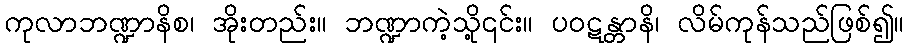
ကုလာဘဏ္ဍာနိစ၊ အိုးတည်း။ ဘဏ္ဍာကဲ့သို့၎င်း။ ပဝဋန္တာနိ၊ လိမ်ကုန်သည်ဖြစ်၍။